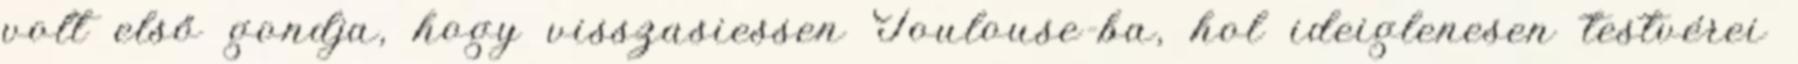
volt első gondja, hogy visszasiessen Toulouse-ba, hol ideiglenesen testvérei